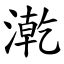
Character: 漧